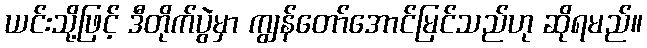
ယင်းသို့ဖြင့် ဒီတိုက်ပွဲမှာ ကျွန်တော်အောင်မြင်သည်ဟု ဆိုရမည်။